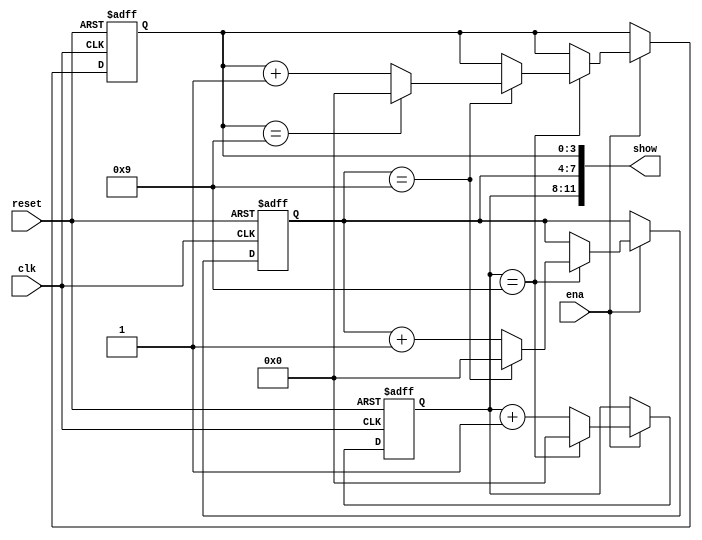
`timescale 1ns / 1ps

module counter(ena,reset,clk,show);
input ena,reset,clk;
output [11:0] show;
reg[3:0] show1,show2,show3;
//reg[3:0] show1_reg,show2_reg,show3_reg;
//reg reset_clk;
always @(posedge clk or posedge reset)
  begin
    if (reset) //|| reset_clk)
      begin
        show3 <= 4'd0;
        show2 <= 4'd0;
        show1 <= 4'd0;
        //reset_clk<=0;
      end
    else
      begin
        if (ena)
          begin
            show1 <= show1 + 1;
            if (show1 == 4'd9)
              begin
                show1 <= 4'd0;
                show2 <= show2 + 1;
                if (show2 == 4'd9)
                  begin
                    show2 <= 4'd0;
                    show3 <= show3 + 1;
                    if (show3 == 4'd9)
                      begin
                        show3 <= 4'd0;
                      end
                  end
              end
          end
      end
  end
  assign show = {show1,show2,show3};
  // always @(negedge ena) begin
  //     show<={show1,show2,show3};
  //     reset_clk<=1;
  // end
endmodule